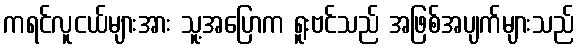
ကရင်လူငယ်များအား သူ့အပြောက ရူးဗင်သည် အဖြစ်အပျက်များသည်